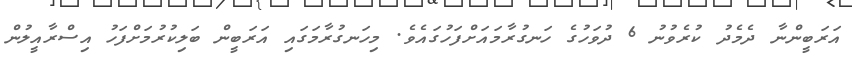
އަރަބީންނާ ދެމެދު ކުރެވުނު 6 ދުވަހުގެ ހަނގުރާމައަށްފަހުގައެވެ. މިހަނގުރާމަގައި އަރަބީން ބަލިކުރުމަށްފަހު އިސްރާއީލުން